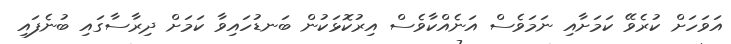
އަވަހަށް ކުރެވޭ ކަމަށާއި ނަމަވެސް އަނެއްކާވެސް އިރުކޮޅަކުން ބަނޑުހައިވާ ކަމަށް ދިރާސާގައި ބުނެފައި